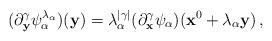
LaTeX: \begin{align*} (\partial_{\bf y}^{\gamma}\psi_{\alpha}^{\lambda_{\alpha}})({\bf y}) =\lambda_{\alpha}^{|\gamma|}(\partial_{\bf x}^{\gamma}\psi_{\alpha})({\bf x}^{0}+\lambda_{\alpha}{\bf y})\,,\end{align*}